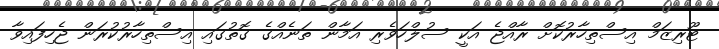
ޓޫރިޒަމް އިސްތިހާރުކޮށް ރާއްޖެ އަކީ ސުލްހަވެރި އަމާން ތަނެއްގެ ގޮތުގައި އިސްތިހާރުކުރަން ޖެހިފައިވާ